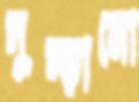
দুম্‌ড়ানো